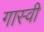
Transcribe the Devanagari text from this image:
गास्वी